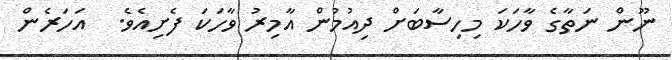
ނޫން ނަތާގެ ވާހަކަ މިހިސާބަށް ދިއުމުން އާމިރު ވާހަކަ ފެށިއެވެ.  އަހަރެން